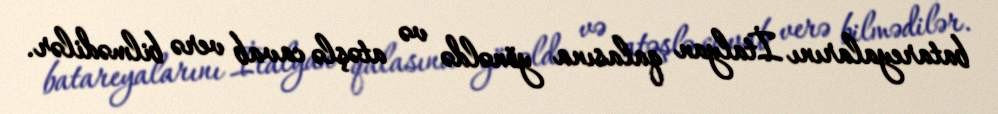
batareyalarını İtalyan qalasına yönəldə və atəşlə cavab verə bilmədilər.